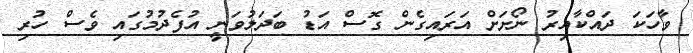
ވާހަކަ ދައްކާއިރު ނޯށަށް އަރައިގެން ގޮސް އަޑު ބަދަލުވަނީ އުފެދުމުގައި ވެސް ހުރި